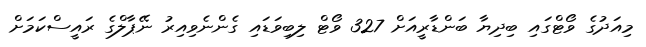
މިއަދުގެ ވޯޓްގައި ބިދިޔާ ބަންޑާރީއަށް 327 ވޯޓް ލިބިވަޑައި ގެންނެވިއިރު ނޭޕާލްގެ ރައީސްކަމަށް